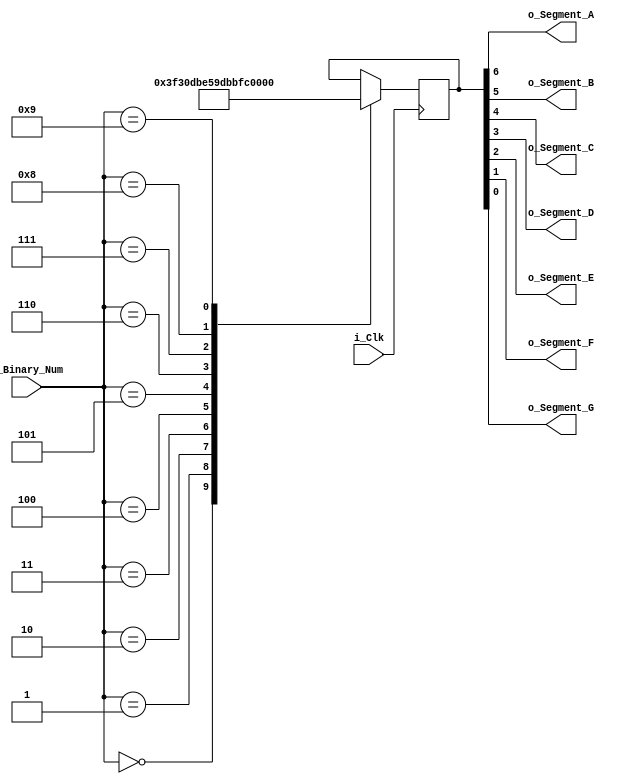
module BinaryTo7Seg
   (input i_Clk,
    input [3:0] i_Binary_Num,
    output o_Segment_A,
    output o_Segment_B,
    output o_Segment_C,
    output o_Segment_D,
    output o_Segment_E,
    output o_Segment_F,
    output o_Segment_G);
    
    reg [6:0] r_HexEncode = 7'h00;
    
    always @ (posedge i_Clk)
        begin
            case (i_Binary_Num)
                4'b0000 : r_HexEncode <= 7'h7E;
                4'b0001 : r_HexEncode <= 7'h30;
                4'b0010 : r_HexEncode <= 7'h6D;
                4'b0011 : r_HexEncode <= 7'h79;
                4'b0100 : r_HexEncode <= 7'h33;
                4'b0101 : r_HexEncode <= 7'h5B;
                4'b0110 : r_HexEncode <= 7'h5F;
                4'b0111 : r_HexEncode <= 7'h70;
                4'b1000 : r_HexEncode <= 7'h7F;
                4'b1001 : r_HexEncode <= 7'h7B;   
            endcase
        end
        
    assign o_Segment_A = r_HexEncode[6];
    assign o_Segment_B = r_HexEncode[5];
    assign o_Segment_C = r_HexEncode[4];
    assign o_Segment_D = r_HexEncode[3];
    assign o_Segment_E = r_HexEncode[2];
    assign o_Segment_F = r_HexEncode[1];
    assign o_Segment_G = r_HexEncode[0];
    
endmodule